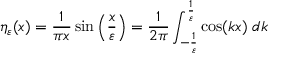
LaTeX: \eta _ { \varepsilon } ( x ) = { \frac { 1 } { \pi x } } \sin \left( { \frac { x } { \varepsilon } } \right) = { \frac { 1 } { 2 \pi } } \int _ { - { \frac { 1 } { \varepsilon } } } ^ { \frac { 1 } { \varepsilon } } \cos ( k x ) \; d k